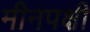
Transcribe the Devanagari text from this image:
मीनपक्षी